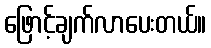
ဖြောင့်ချက်လာပေးတယ်။